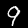
Digit: 9